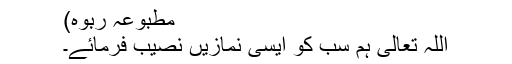
مطبوعہ ربوہ)
اللہ تعالیٰ ہم سب کو ایسی نمازیں نصیب فرمائے۔